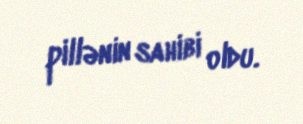
pillənin sahibi oldu.